Civil Veterinary Dept. Assam report 1927-50 - 1927-1950
Year: 1927
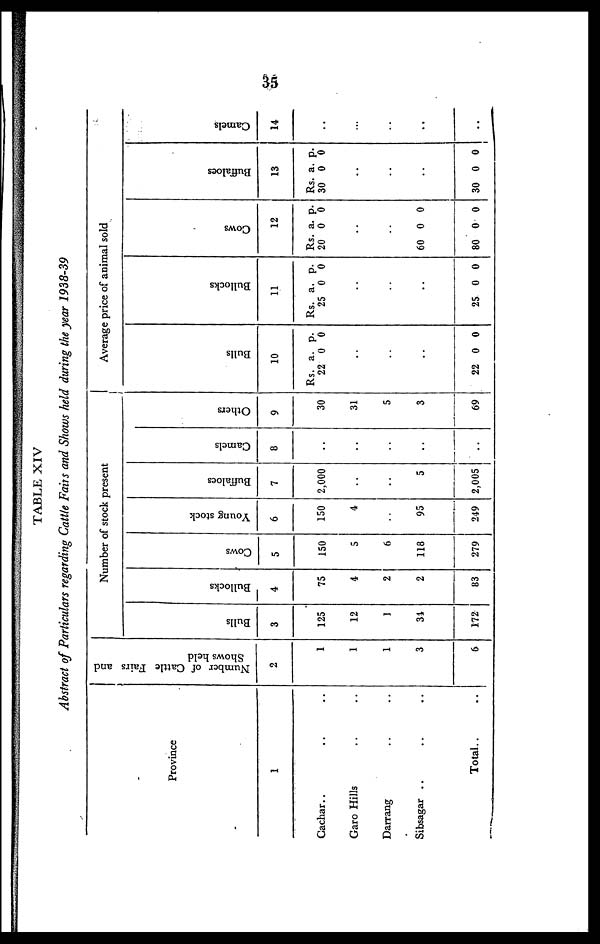
35
TABLE XIV
Abstract of Particulars regarding Cattle Fairs and Shows held during the year 1938-39
Province
1
Cachar .. .. ..
Garo Hills .. .. ..
Darrang .. ..
Sibsagar .. .. ..
Total .. ..
Number of Cattle Fairs and
Shows held
2
1
1
1
3
6
Number of stock present
Bulls
3
125
12
1
34
172
Bullocks
4
75
4
2
2
83
Cows
5
150
5
6
118
279
Young stock
6
150
4
..
95
249
Buffaloes
7
2,000
..
..
5
2,005
Camels
8
..
..
..
..
..
Others
9
30
31
5
3
69
Ave
rage price
of a
nimal so
ld
Bulls
Rs.
22
10
a.
0
p.
0
..
..
..
22 0 0
Bullocks
11
Rs.
25
a.
0
p.
0
..
..
..
25 0 0
C
ows
12
Rs.
20
a.
0
p.
0
..
..
60
80
0
0
0
0
Buffaloes
13
Rs.
30
a.
0
p.
0
..
..
..
30 0 0
Camels
14
..
..
..
..